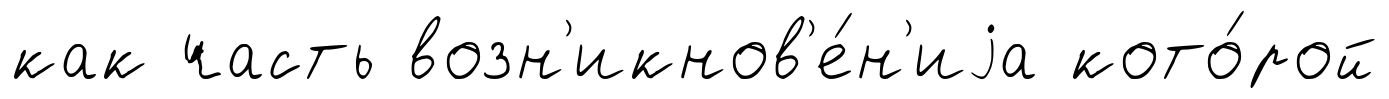
как часть возн'икнов'е́н'иjа кото́рой